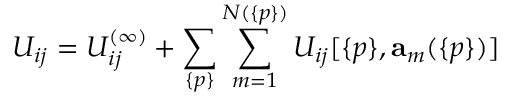
U _ { i j } = U _ { i j } ^ { ( \infty ) } + \sum _ { \{ p \} } \sum _ { m = 1 } ^ { N ( \{ p \} ) } U _ { i j } [ \{ p \} , { \bf a } _ { m } ( \{ p \} ) ]